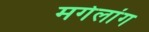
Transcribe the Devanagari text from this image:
मगेलांग